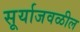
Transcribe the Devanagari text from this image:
सूर्याजवळील